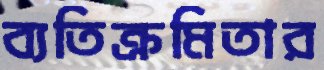
ব্যতিক্রমিতার